Leningradi_Edasi_toimetus, lk 7
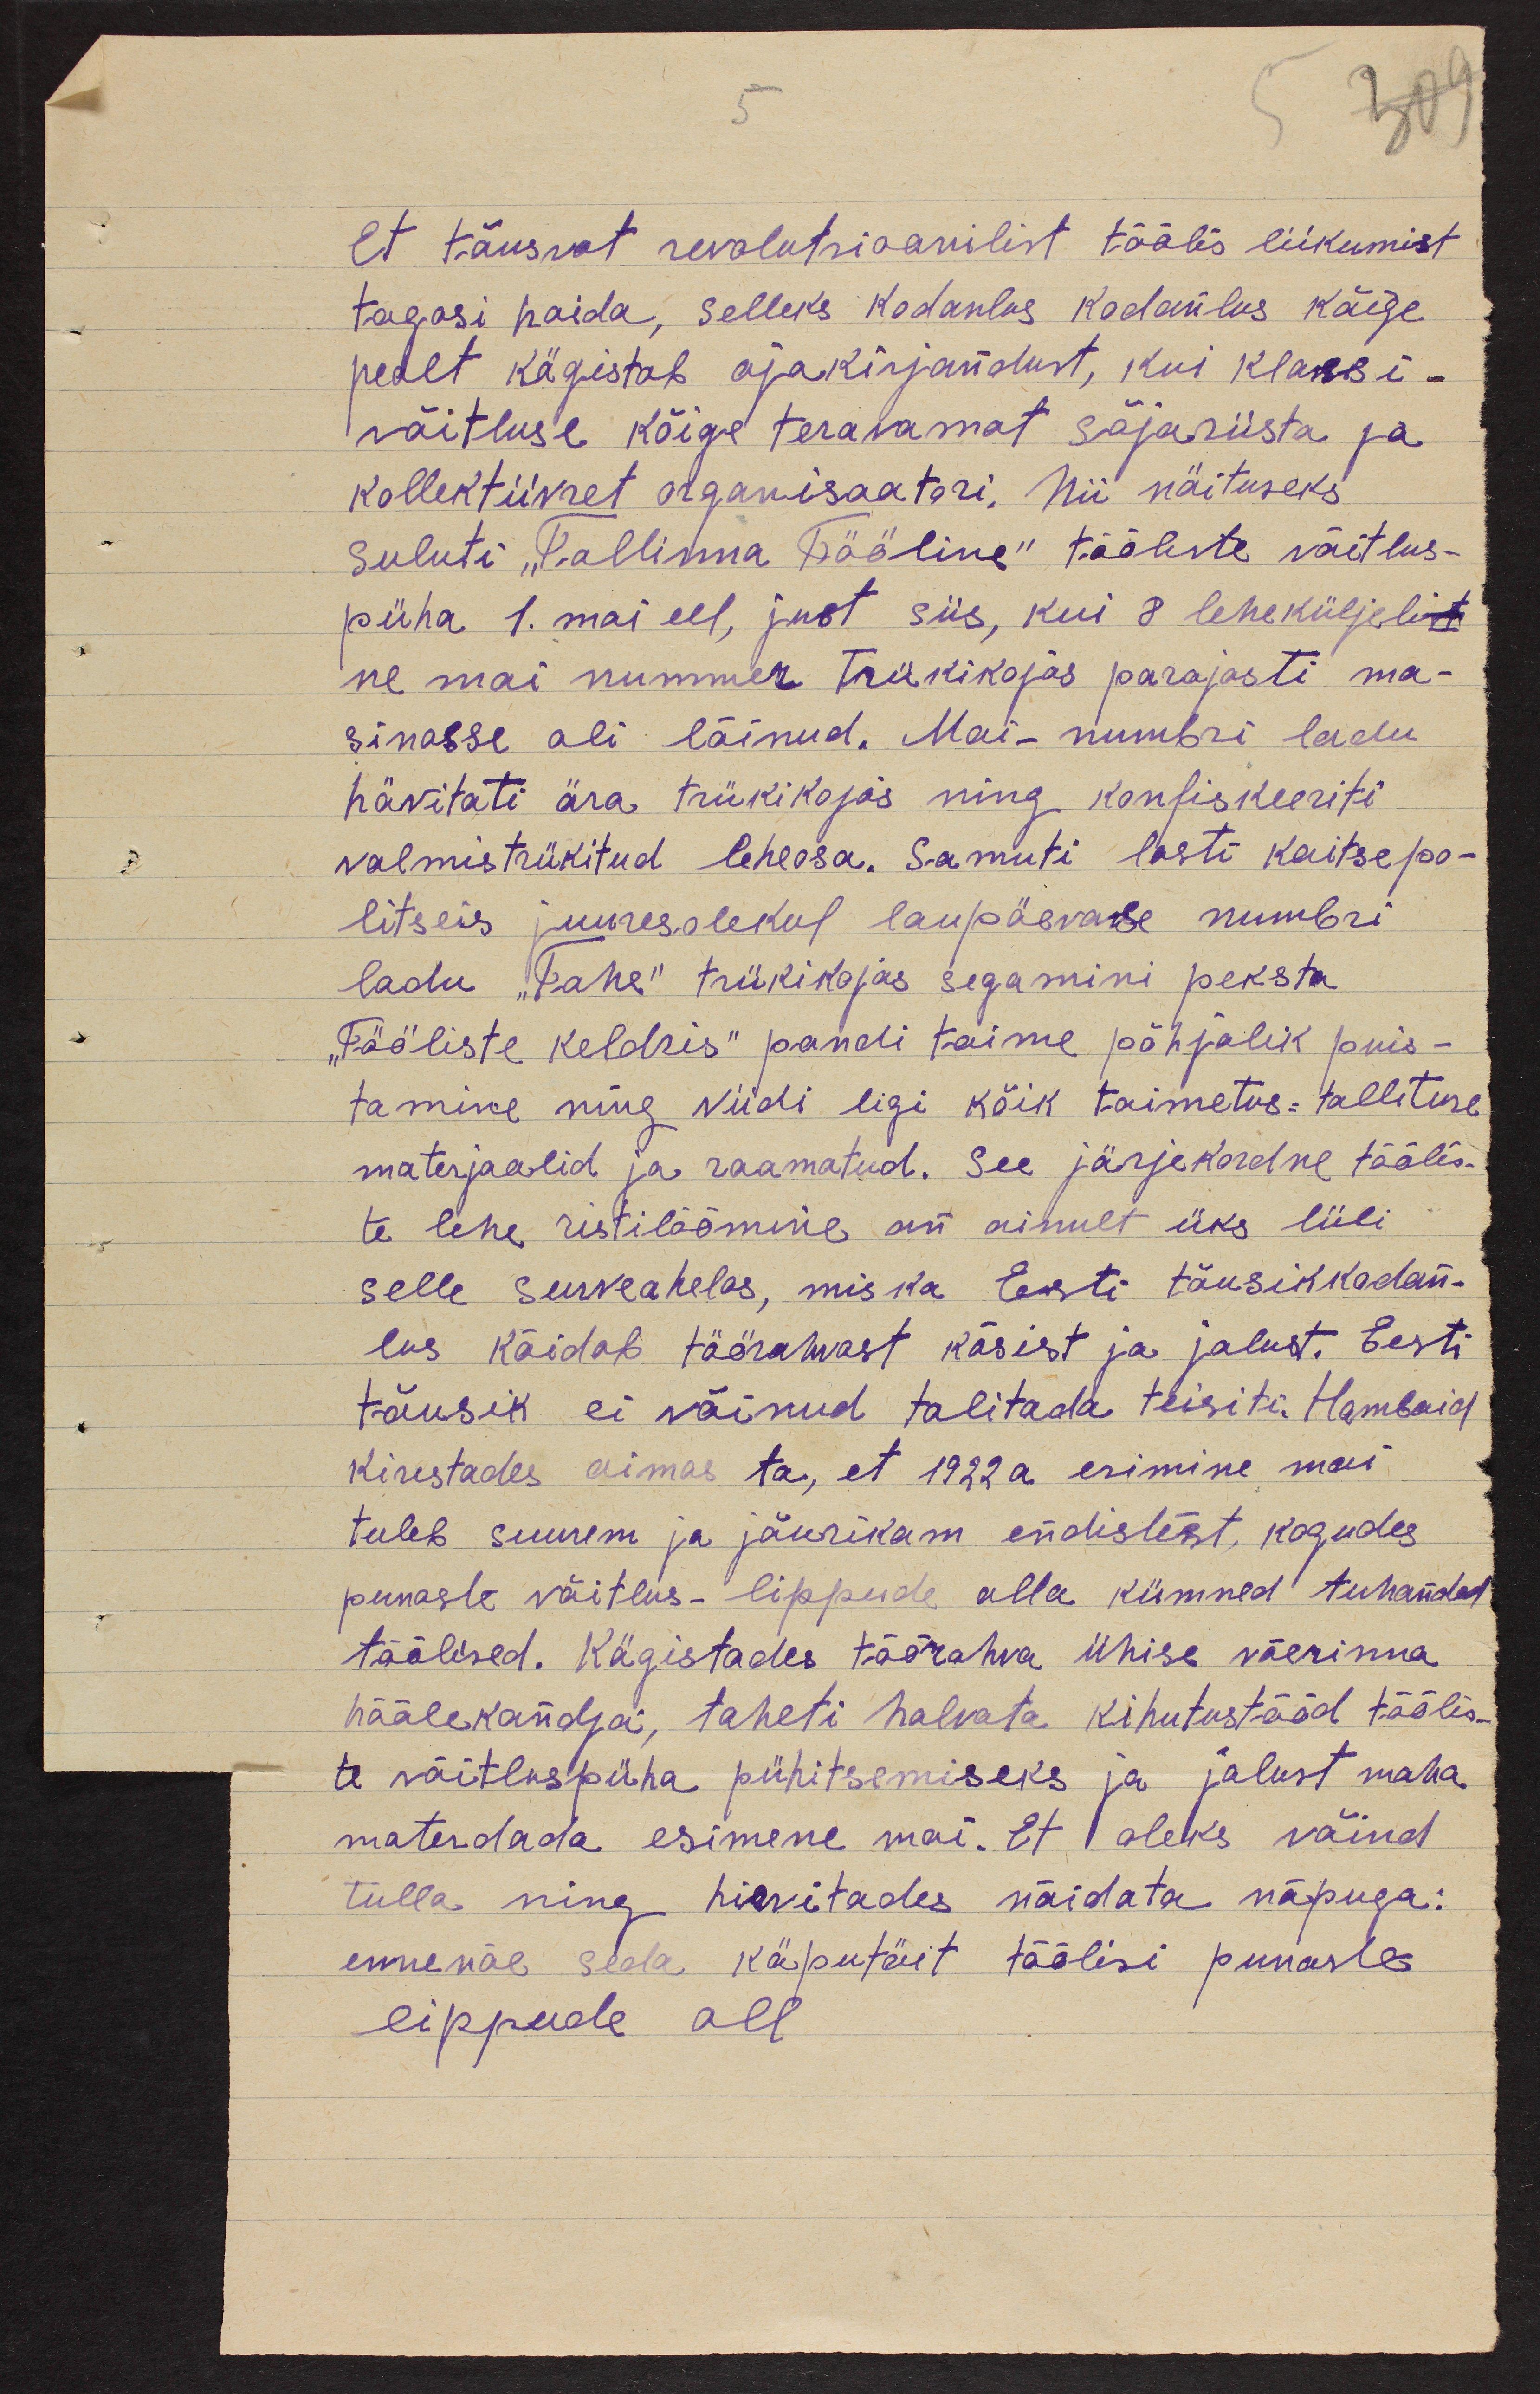
5

Et tõusvat revolutsioonilist töölis liikumist
tagasi hoida, selleks kodanlus kodanlus kõige
pealt kägistab ajakirjandust, kui klassi-
võitluse kõige teravamat sõjariista ja
kollektiivset organisaatori. Nii näituseks
suluti "Tallinna Tööline" tööliste võitlus-
püha 1. mai eel, just siis, kui 8 leheküljelist
ne mai nummer trükikojas parajasti ma-
sinasse oli läinud. Mai-numbri ladu
hävitati ära trükikojas ning konfiskeeriti
valmistrükitud leheosa. Samuti lasti kaitsepo-
litseis juuresolekul laupäevase numbri
ladu "Tahe" trükikojas segamini peksta.
"Tööliste keldris" pandi toime põhjalik puis-
tamine ning viidi ligi kõik toimetus-tallituse
materjaalid ja raamatud. See järjekordne töölis-
te lehe ristilöömine on ainult üks lüli
selle surveaheles, mis ka Eesti tõusikkodan-
lus köidab töörahvast käsist ja jalust. Eesti
tõusik ei võinud talitada teisiti. Hambaid
kirestades aimas ta, et 1922 a esimine mai
tuleb suurem ja jõurikam endistest, kogudes
punaste võitlus-lippude alla kümned tuhanded
töölised. Kägistades töörahva ühise väerinna
häälekandja, taheti halvata kihutustööd töölis-
te võitluspüha pühitsemiseks ja jalust maha
materdada esimene mai. Et oleks võind
tulla ning hirvitades näidata näpuga:
ennenäe seda käputäit töölisi punaste
lippude all